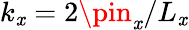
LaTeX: k_{\mathit{x}}=2\pin_{\mathit{x}}/L_{\mathit{x}}